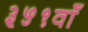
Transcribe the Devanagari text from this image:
३५१वाँ